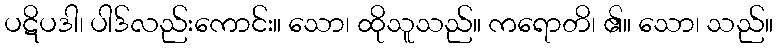
ပဋိပဒါ၊ ပါဒ်လည်းကောင်း။ သော၊ ထိုသူသည်။ ကရောတိ၊ ၏။ သော၊ သည်။